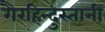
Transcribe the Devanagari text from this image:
गैरहिन्दुस्तानी